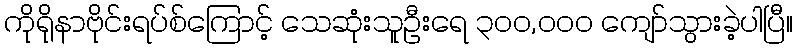
ကိုရိုနာဗိုင်းရပ်စ်ကြောင့် သေဆုံးသူဦးရေ ၃၀၀,၀၀၀ ကျော်သွားခဲ့ပါပြီ။